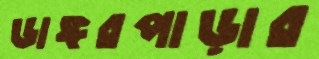
ডাঙ্গরপাড়ার